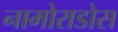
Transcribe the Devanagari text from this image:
नामोराडोस